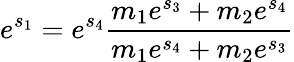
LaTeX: e^{s_{1}}=e^{s_{4}}{\frac{m_{1}e^{s_{3}}+m_{2}e^{s_{4}}}{m_{1}e^{s_{4}}+m_{2}e^{s_{3}}}}